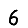
Digit: 6